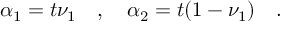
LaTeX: \alpha _ { 1 } = t \nu _ { 1 } \quad , \quad \alpha _ { 2 } = t ( 1 - \nu _ { 1 } ) \quad .